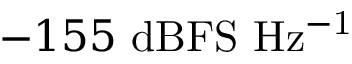
- 1 5 5 ~ \mathrm { d B F S ~ H z ^ { - 1 } }